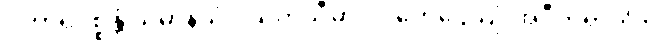
ဝိဟာရပစ္စန္တံ သမာနသံဝါသကသီမာဝ ဝိဟေဌေယျုံ အဝီတရာဂါတိ